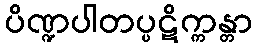
ပိဏ္ဍပါတပ္ပဋိက္ကန္တာ